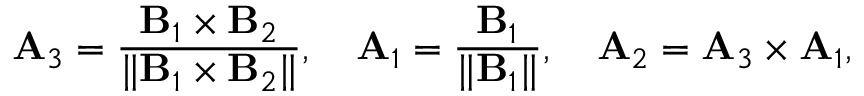
{ \bf { A } } _ { 3 } = \frac { { \bf { B } } _ { 1 } \times { \bf { B } } _ { 2 } } { \| { \bf { B } } _ { 1 } \times { \bf { B } } _ { 2 } \| } , \quad { \bf { A } } _ { 1 } = \frac { { \bf { B } } _ { 1 } } { \| { \bf { B } } _ { 1 } \| } , \quad { \bf { A } } _ { 2 } = { \bf { A } } _ { 3 } \times { \bf { A } } _ { 1 } ,